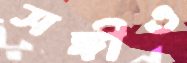
সঙ্গীও